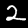
Label: 2